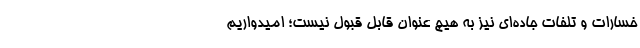
خسارات و تلفات جاده‌ای نیز به هیچ عنوان قابل قبول نیست؛ امیدواریم